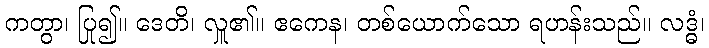
ကတွာ၊ ပြု၍။ ဒေတိ၊ လှူ၏။ ဧကေန၊ တစ်ယောက်သော ရဟန်းသည်။ လဒ္ဓံ၊